Leaving Certificate Examination (including Day School Certificate (Higher) General paper), 1938
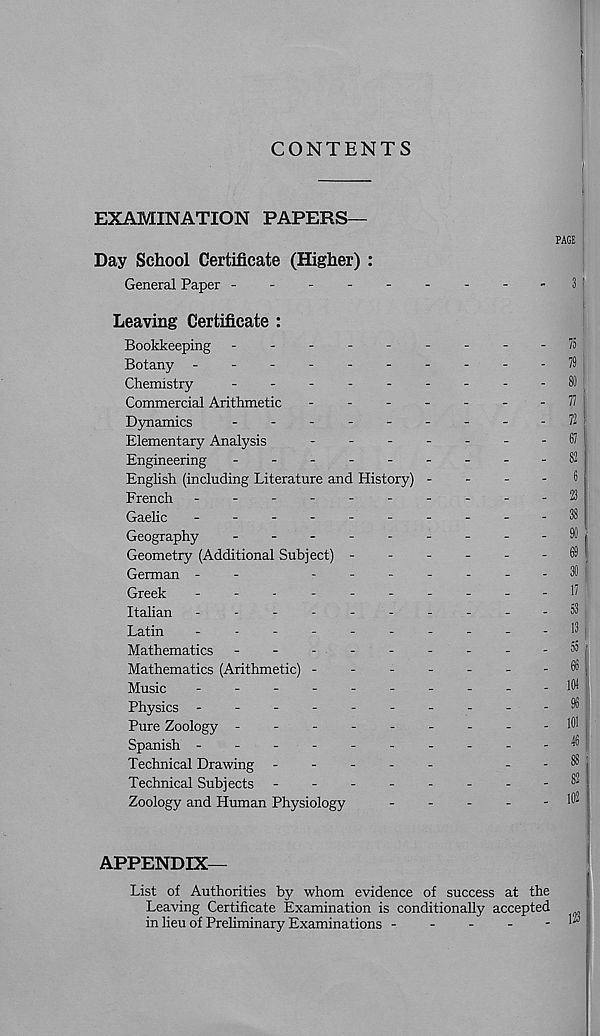
CONTENTS
EXAMINATION PAPERS
Day School Certificate (Higher) :
General Paper ------
Leaving Certificate :
Bookkeeping ------
Botany -------
Chemistry
------
Commercial Arithmetic
-
-
-
-
Dynamics
------
Elementary Analysis
-
-
-
-
Engineering
------
English (including Literature and History) -
French -
Gaelic
Geography
------
Geometry (Additional Subject) -
-
-
German -
-
-
-
-
-
Greek
-------
Italian -------
Latin
-------
Mathematics
Mathematics (Arithmetic) -
-
-
-
Music
-------
Physics -------
Pure Zoology ------
Spanish -------
Technical Drawing -
-
-
-
-
Technical Subjects -
-
-
-
-
Zoology and Human Physiology
APPENDIX—
List of Authorities by whom evidence of success at the
Leaving Certificate Examination is conditionally accepted
in lieu of Preliminary Examinations -
-
-
-
-